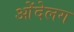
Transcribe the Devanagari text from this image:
ओंदेलग